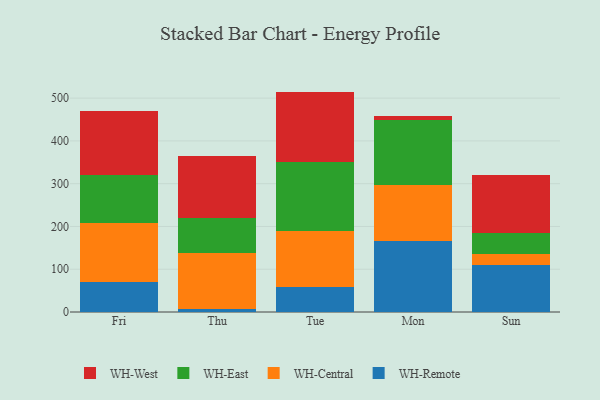
{"axis": {"x": "Day", "y": "Churn Rate (%)"}, "legend": ["WH-Central", "WH-East", "WH-Remote", "WH-West"], "data": [{"x": "Fri", "y": 70.9, "type": "WH-Remote"}, {"x": "Fri", "y": 136.6, "type": "WH-Central"}, {"x": "Fri", "y": 113.1, "type": "WH-East"}, {"x": "Fri", "y": 148.3, "type": "WH-West"}, {"x": "Thu", "y": 6.2, "type": "WH-Remote"}, {"x": "Thu", "y": 131.0, "type": "WH-Central"}, {"x": "Thu", "y": 82.3, "type": "WH-East"}, {"x": "Thu", "y": 144.1, "type": "WH-West"}, {"x": "Tue", "y": 59.6, "type": "WH-Remote"}, {"x": "Tue", "y": 129.1, "type": "WH-Central"}, {"x": "Tue", "y": 161.1, "type": "WH-East"}, {"x": "Tue", "y": 165.5, "type": "WH-West"}, {"x": "Mon", "y": 166.7, "type": "WH-Remote"}, {"x": "Mon", "y": 129.2, "type": "WH-Central"}, {"x": "Mon", "y": 153.9, "type": "WH-East"}, {"x": "Mon", "y": 7.8, "type": "WH-West"}, {"x": "Sun", "y": 110.0, "type": "WH-Remote"}, {"x": "Sun", "y": 26.4, "type": "WH-Central"}, {"x": "Sun", "y": 47.7, "type": "WH-East"}, {"x": "Sun", "y": 137.2, "type": "WH-West"}]}